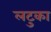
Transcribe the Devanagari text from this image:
लटुका